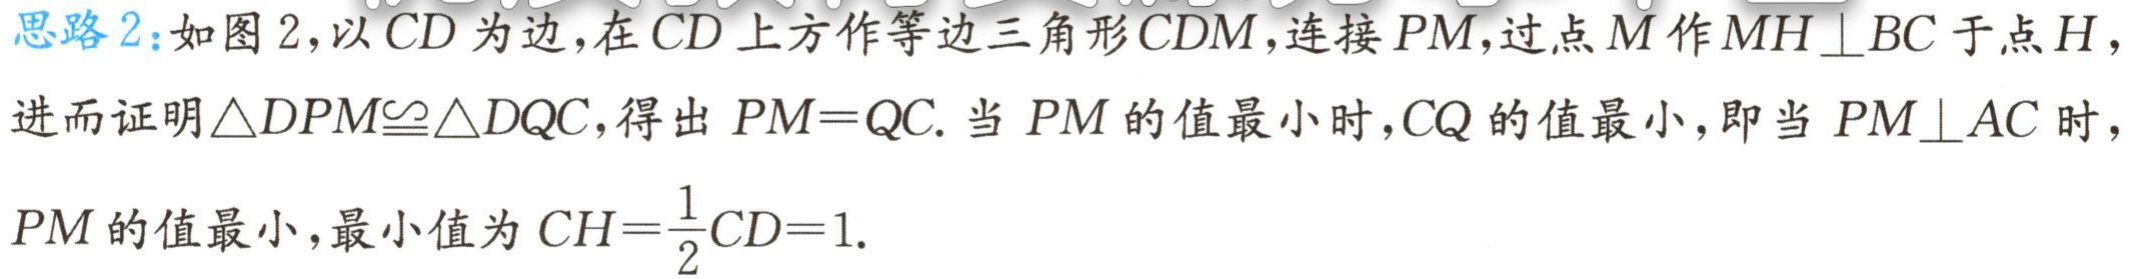
思路 2：如图 2，以 \(CD\) 为边，在 \(CD\) 上方作等边三角形 \(CDM\)，连接 \(PM\)，过点 \(M\) 作 \(MH\perp BC\) 于点 \(H\)，进而证明\(\triangle DPM\cong\triangle DQC\)，得出 \(PM = QC\). 当 \(PM\) 的值最小时，\(CQ\) 的值最小，即当 \(PM\perp AC\) 时，\(PM\) 的值最小，最小值为 \(CH=\frac{1}{2}CD = 1\).